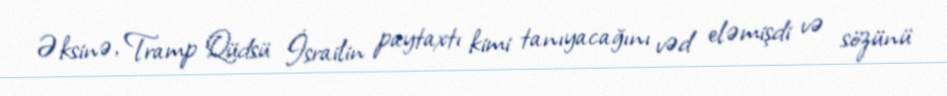
Əksinə, Tramp Qüdsü İsrailin paytaxtı kimi tanıyacağını vəd eləmişdi və sözünü